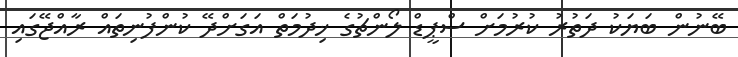
ބޭނުން ބަޔަކު ދަތުރު ކުރުމަށް ސްޕީޑް ލޯންޗުގެ ޚިދުމަތް އަގަށްދޭ ކުންފުނިތައް ރާއްޖޭގައި